Senior Leaving Certificate Examination (including Day School Certificate (Higher) General paper), 1946
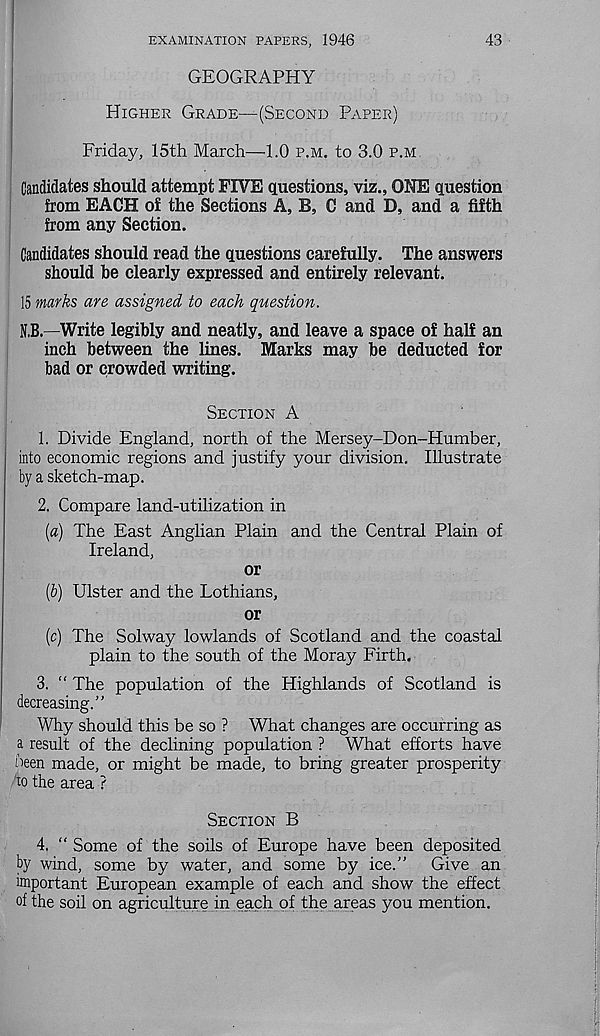
EXAMINATION PAPERS, 1946
43
GEOGRAPHY
Higher Grade—(Second Paper)
Friday, 15th March—1.0 p.m. to 3.0 p.m
Candidates should attempt FIVE questions, viz., ONE question
from EACH of the Sections A, B, C and D, and a fifth
from any Section.
Candidates should read the questions carefully. The answers
should be clearly expressed and entirely relevant.
15 marks are assigned to each question.
N.B.—Write legibly and neatly, and leave a space of half an
inch between the lines. Marks may be deducted for
bad or crowded writing.
Section A
1. Divide England, north of the Mersey-Don-Humber,
into economic regions and justify your division. Illustrate
by a sketch-map.
2. Compare land-utilization in
[a) The East Anglian Plain and the Central Plain of
Ireland,
or
{b) Ulster and the Lothians,
or
(c) The Solway lowlands of Scotland and the coastal
plain to the south of the Moray Firth.
3. “ The population of the Highlands of Scotland is
decreasing.”
Why should this be so ? What changes are occurring as
a result of the declining population ? What efforts have
ibeen made, or might be made, to bring greater prosperity
to the area ?
Section B
4. “ Some of the soils of Europe have been deposited
by wind, some by water, and some by ice.”
Give an
important European example of each and show the effect
of the soil on agriculture in each of the areas you mention.